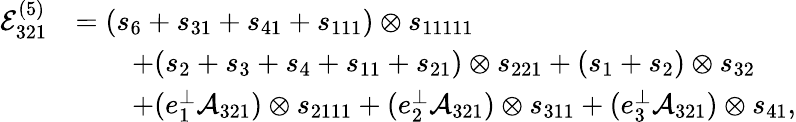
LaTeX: \begin{array}{rl}{\mathcal{E}_{321}^{(5)}}&{=(s_{6}+s_{31}+s_{41}+s_{111})\otimes s_{11111}}\\ &{\qquad+(s_{2}+s_{3}+s_{4}+s_{11}+s_{21})\otimes s_{221}+(s_{1}+s_{2})\otimes s_{32}}\\ &{\qquad+(e_{1}^{\perp}\mathcal{A}_{321})\otimes s_{2111}+(e_{2}^{\perp}\mathcal{A}_{321})\otimes s_{311}+(e_{3}^{\perp}\mathcal{A}_{321})\otimes s_{41},}\end{array}